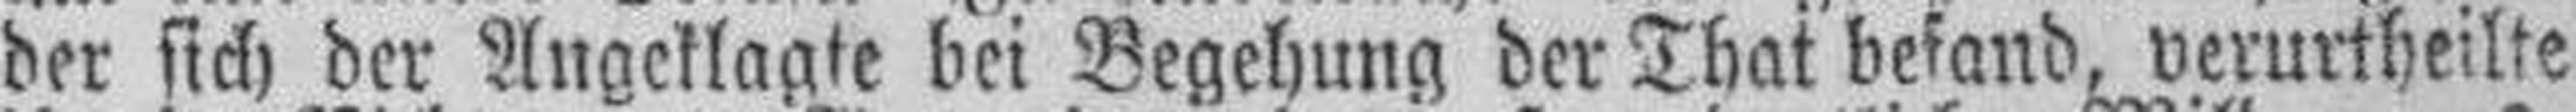
der sich der Angeklagte bei Begehung der That befand, verurtheilte